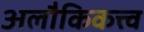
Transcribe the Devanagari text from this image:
अलौकिकत्त्व